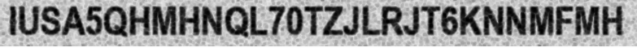
IUSA5QHMHNQL70TZJLRJT6KNNMFMH